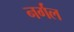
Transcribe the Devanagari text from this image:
नर्गल